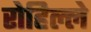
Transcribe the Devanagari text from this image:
रोहिल्ले